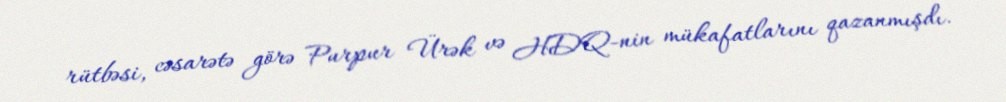
rütbəsi, cəsarətə görə Purpur Ürək və HDQ-nin mükafatlarını qazanmışdı.